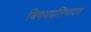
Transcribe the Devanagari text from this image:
विषयप्रतिपादन